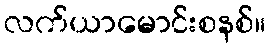
လက်ယာမောင်းစနစ်။